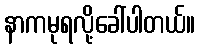
နာကမုရလို့ခေါ်ပါတယ်။